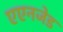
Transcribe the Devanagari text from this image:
एएनजेड